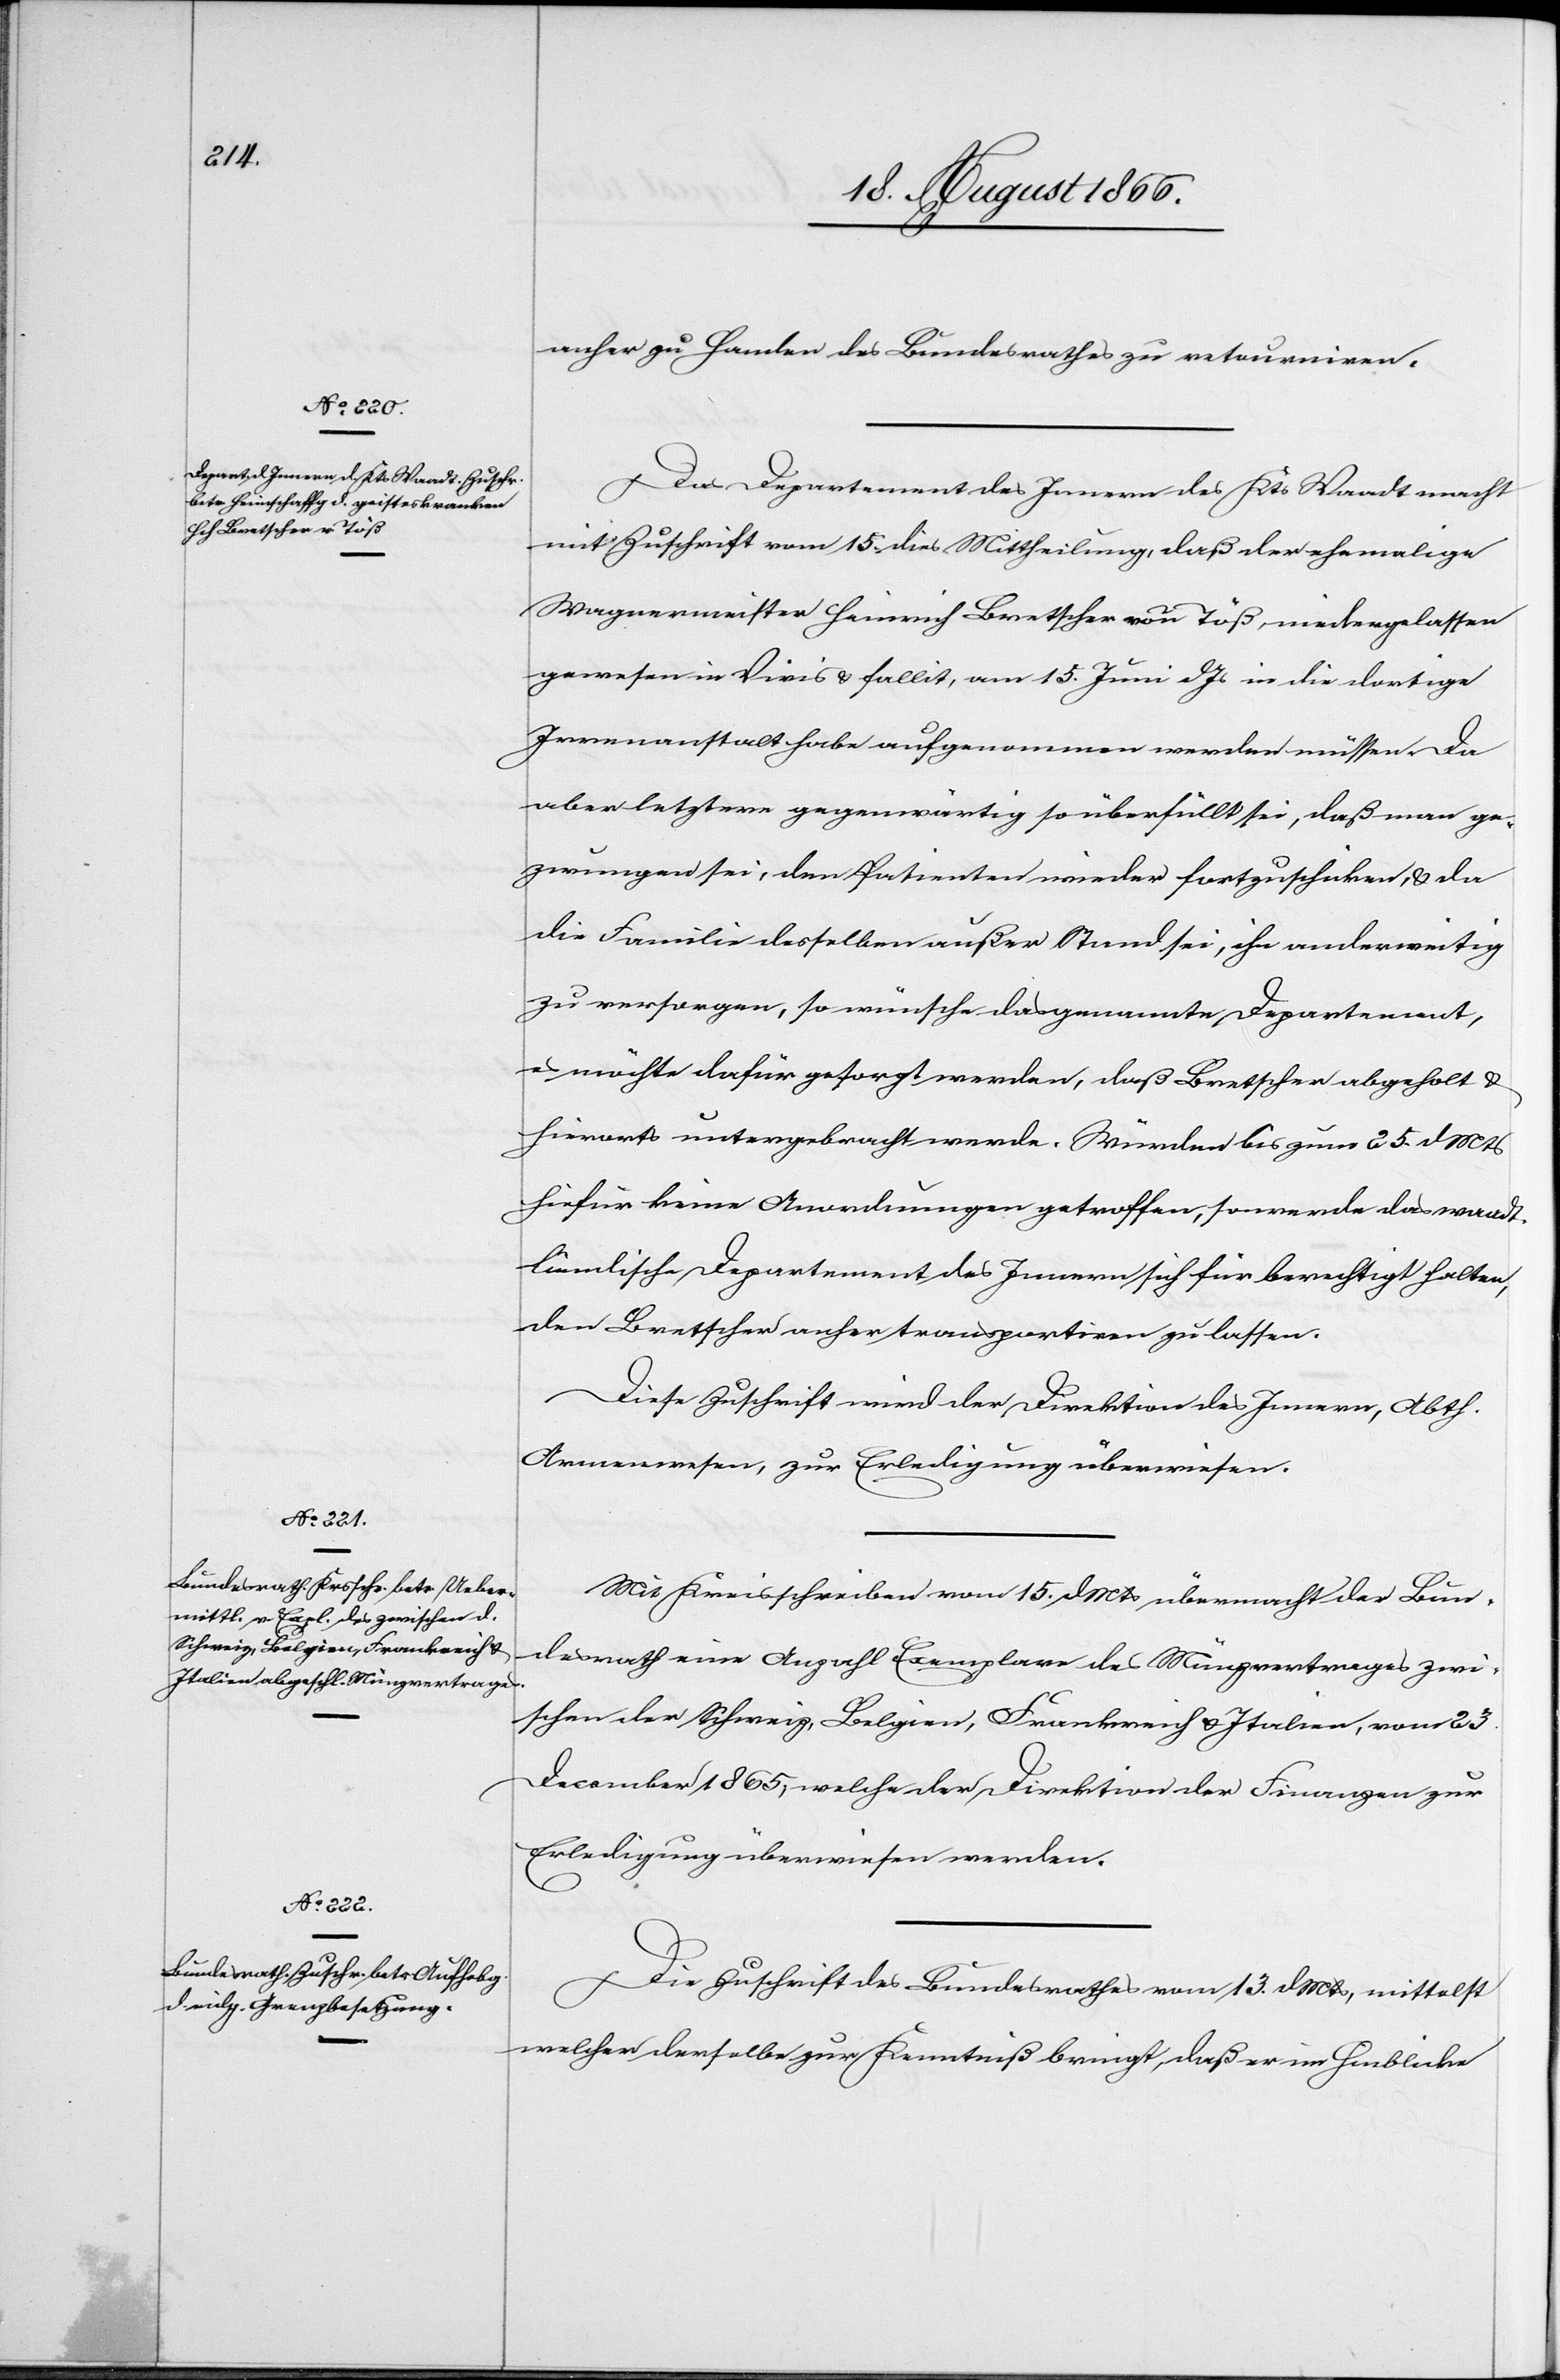
anher zu Handen des Bundesrathes zu retourniren.
Das Departement des Innern des Kts. Waadt macht
mit Zuschrift vom 15. dies Mittheilung, daß der ehemalige
Wagnermeister Heinrich Bertscher von Töß, niedergelassen
gewesen in Vivis u. fallit, am 15. Juni dJs in die dortige
Irrenanstalt habe aufgenommen werden müssen, da
aber letztere gegenwärtig so überfüllt sei, daß man ge¬
zwungen sei, den Patienten wieder fortzuschicken, u. da
die Familie desselben außer Stand sei, ihn anderweitig
zu versorgen, so wünsche das genannte Departement,
es möchte dafür gesorgt werden, daß Bertscher abgeholt u.
hierorts untergebracht werde. Würden bis zum 25. dMts
hiefür keine Anordnungen getroffen, so werde das waadt¬
ländische Departement des Innern sich für berechtigt halten,
den Bertscher anher transportiren zu lassen.
Diese Zuschrift wird der Direktion des Innern, Abth.
Armenwesen, zur Erledigung überwiesen.
Mit Kreisschreiben vom 15. dMts übermacht der Bun¬
desrath eine Anzahl Exemplare des Münzvertrages zwi¬
schen der Schweiz, Belgien, Frankreich u. Italien, vom 23.
December 1865, welche der Direktion der Finanzen zur
Erledigung überwiesen werden.
Die Zuschrift des Bundesrathes vom 13. dMts, mittelst
welcher derselbe zur Kenntniß bringt, daß er im Hinblicke